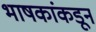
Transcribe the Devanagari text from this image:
भाषकांकडून